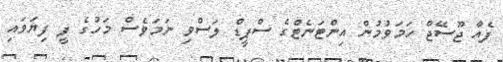
ފެއާ ޖޫސޭޖް ހަމަވުމުން އިންޓަނެޓްގެ ސްޕީޑް ލަސްވި ނަމަވެސް މަހުގެ ފީ ފިޔަވައި